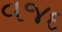
વજદ